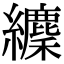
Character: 𦇘